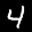
Label: 4